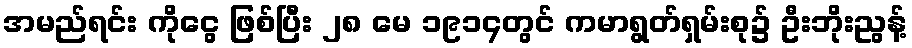
အမည်ရင်း ကိုငွေ ဖြစ်ပြီး ၂၈ မေ ၁၉၁၄တွင် ကမာရွတ်ရှမ်းစု၌ ဦးဘိုးညွန့်